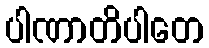
ပါဏာတိပါတေ